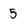
Character: 5